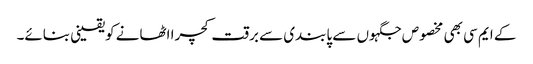
کے ایم سی بھی مخصوص جگہوں سے پابندی سے برقت کچرا اٹھانے کویقینی بنائے۔